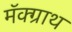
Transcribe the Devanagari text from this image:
मॅक्ग्राथ